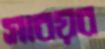
সাবয়ব